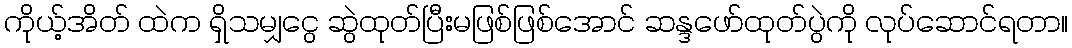
ကိုယ့်အိတ် ထဲက ရှိသမျှငွေ ဆွဲထုတ်ပြီးမဖြစ်ဖြစ်အောင် ဆန္ဒဖော်ထုတ်ပွဲကို လုပ်ဆောင်ရတာ။